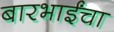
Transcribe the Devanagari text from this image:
बारभाईंचा